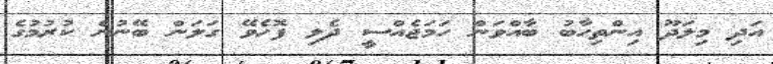
އަދި މިލަދޫ އިންތިހާބު ބާއްވަން ހަމަޖެއްސީ ދެލި ފޮހެވޭ ގަލަން ބޭނުން ކުރުމުގެ